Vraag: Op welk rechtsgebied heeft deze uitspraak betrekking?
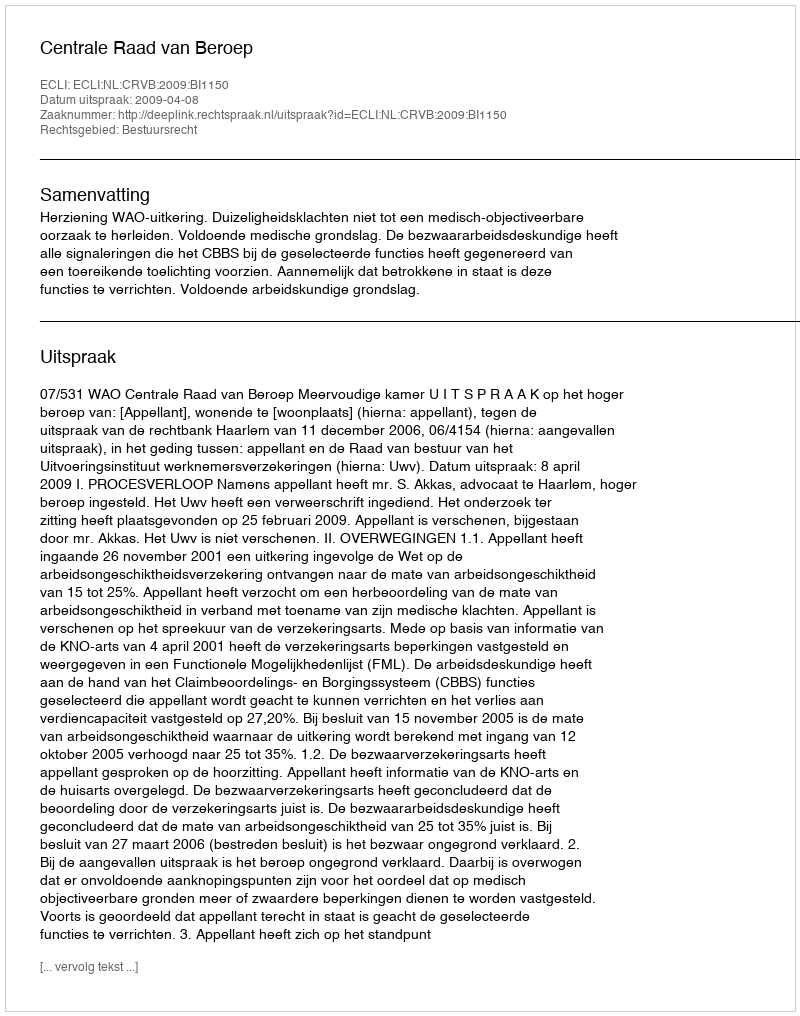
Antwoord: Bestuursrecht